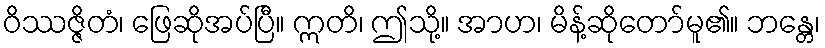
ဝိဿဇ္ဇိတံ၊ ဖြေဆိုအပ်ပြီ။ ဣတိ၊ ဤသို့။ အာဟ၊ မိန့်ဆိုတော်မူ၏။ ဘန္တေ၊